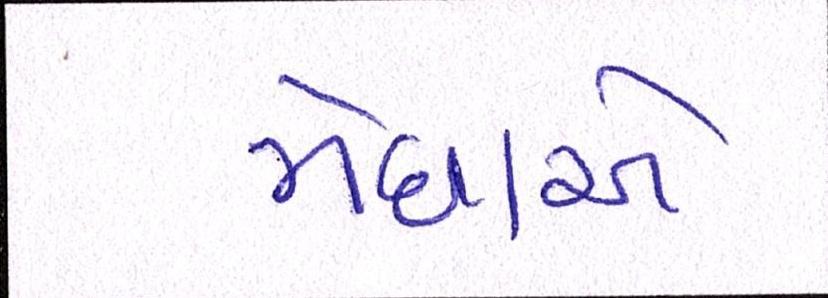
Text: મેઘાએ